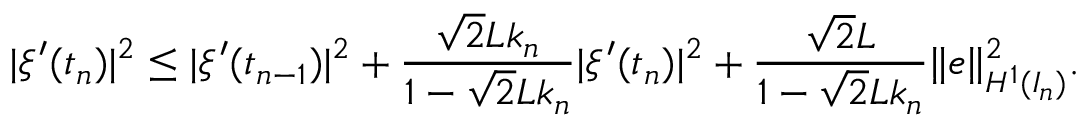
\begin{array} { r } { | \xi ^ { \prime } ( t _ { n } ) | ^ { 2 } \le | \xi ^ { \prime } ( t _ { n - 1 } ) | ^ { 2 } + \displaystyle \frac { \sqrt { 2 } L k _ { n } } { 1 - \sqrt { 2 } L k _ { n } } | \xi ^ { \prime } ( t _ { n } ) | ^ { 2 } + \displaystyle \frac { \sqrt { 2 } L } { 1 - \sqrt { 2 } L k _ { n } } \| e \| _ { H ^ { 1 } ( I _ { n } ) } ^ { 2 } . } \end{array}